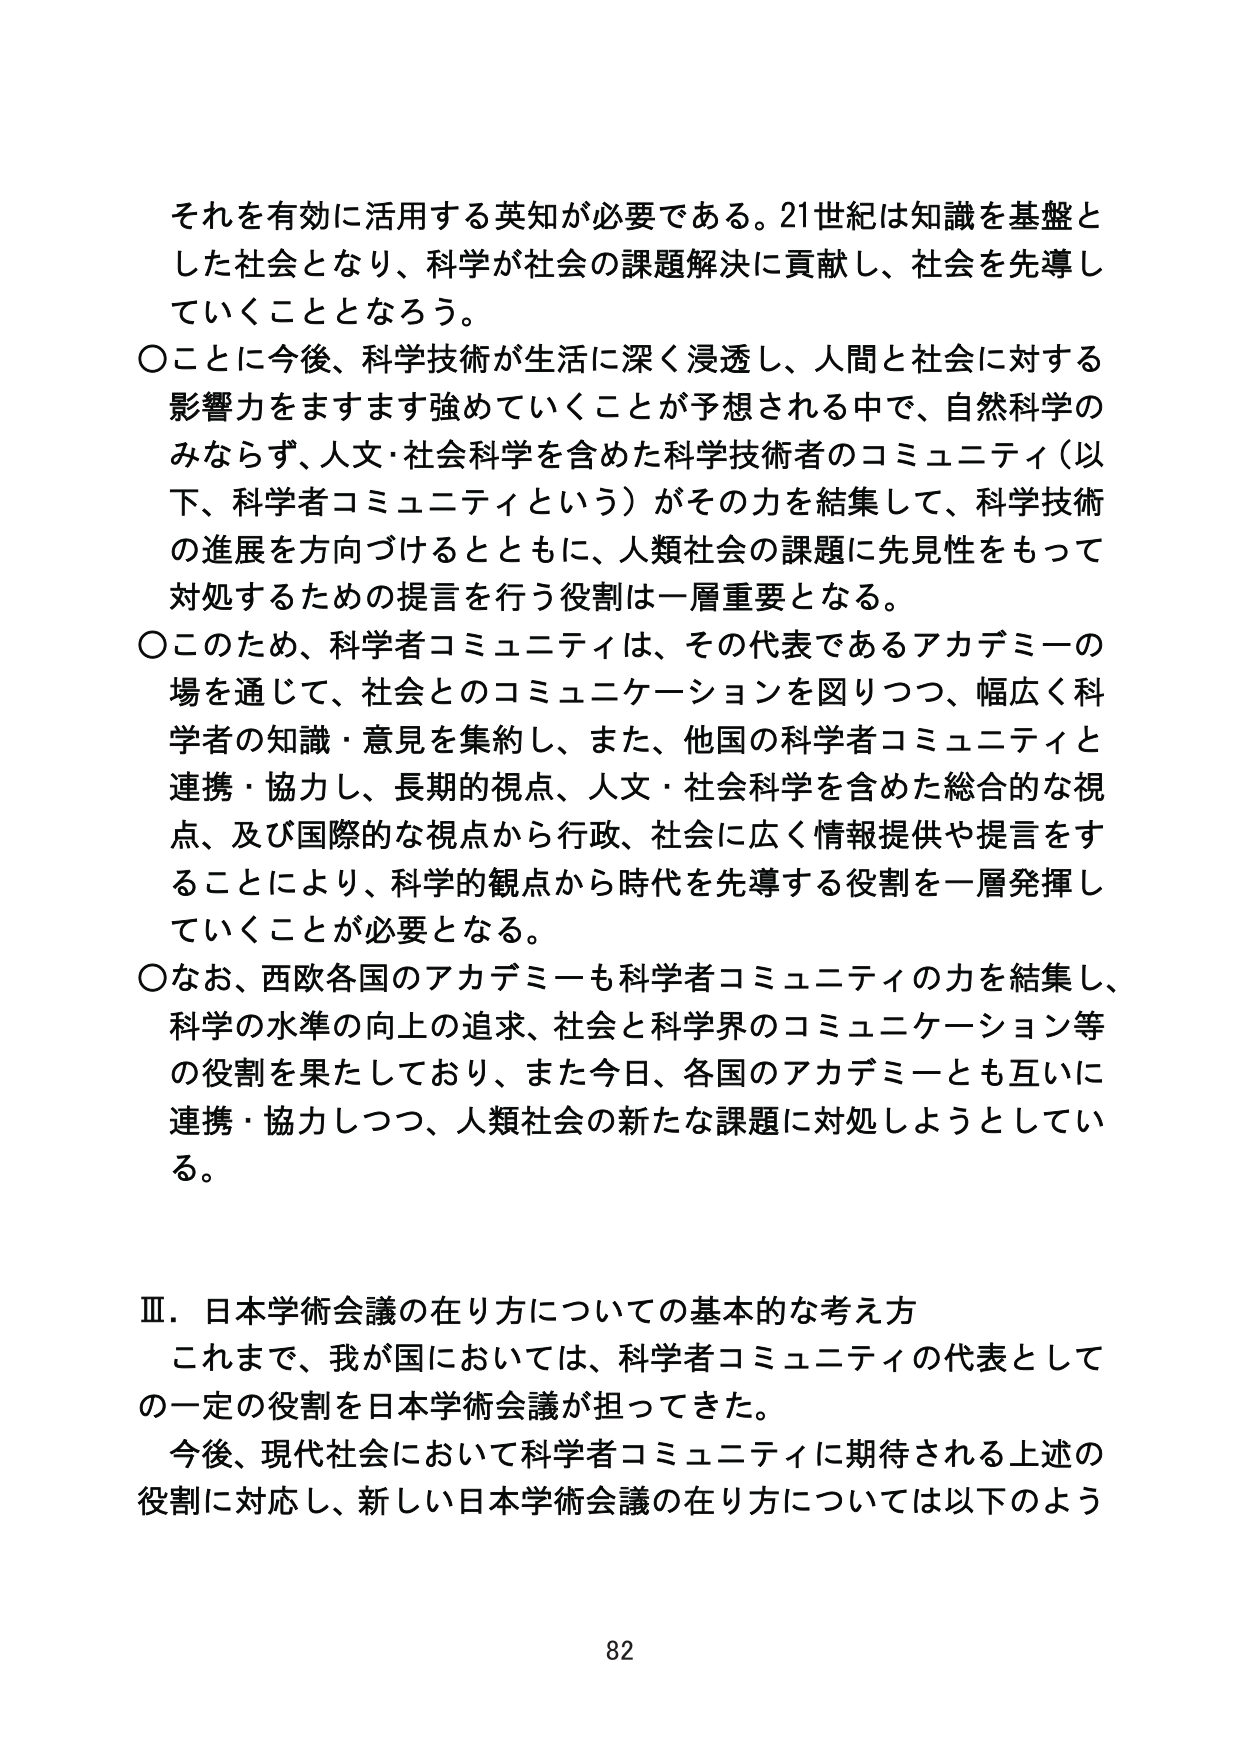
それを有効に活用する英知が必要である。21世紀は知識を基盤とした社会となり、科学が社会の課題解決に貢献し、社会を先導していくこととなろう。

○ことに今後、科学技術が生活に深く浸透し、人間と社会に対する影響力をますます強めていくことが予想される中で、自然科学のみならず、人文・社会科学を含めた科学技術者のコミュニティ（以下、科学者コミュニティという）がその力を結集して、科学技術の進展を方向づけるとともに、人類社会の課題に先見性をもって対処するための提言を行う役割は一層重要となる。

○このため、科学者コミュニティは、その代表であるアカデミーの場を通じて、社会とのコミュニケーションを図りつつ、幅広く科学者の知識・意見を集約し、また、他国の科学者コミュニティと連携・協力し、長期的視点、人文・社会科学を含めた総合的な視点、及び国際的な視点から行政、社会に広く情報提供や提言をすることにより、科学的観点から時代を先導する役割を一層発揮していくことが必要となる。

○なお、西欧各国のアカデミーも科学者コミュニティの力を結集し、科学の水準の向上の追求、社会と科学界のコミュニケーション等の役割を果たしており、また今日、各国のアカデミーとも互いに連携・協力しつつ、人類社会の新たな課題に対処しようとしている。

Ⅲ．日本学術会議の在り方についての基本的な考え方
これまで、我が国においては、科学者コミュニティの代表としての一定の役割を日本学術会議が担ってきた。
今後、現代社会において科学者コミュニティに期待される上述の役割に対応し、新しい日本学術会議の在り方については以下のよう

82